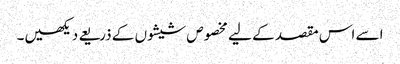
اسے اس مقصد کے لیے مخصوص شیشوں کے ذریعے دیکھیں۔